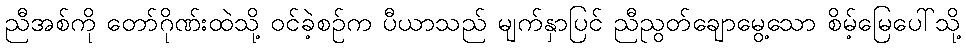
ညီအစ်ကို တော်ဂိုဏ်းထဲသို့ ဝင်ခဲ့စဉ်က ပီယာသည် မျက်နှာပြင် ညီညွတ်ချောမွေ့သော စိမ့်မြေပေါ်သို့